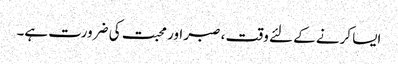
ایسا کرنے کے لئے وقت ، صبر اور محبت کی ضرورت ہے۔